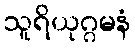
သူရိယုဂ္ဂမနံ